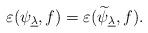
LaTeX: \begin{align*}\varepsilon(\psi_{\underline\lambda},f)=\varepsilon(\widetilde{\psi}_{\underline\lambda},f).\end{align*}